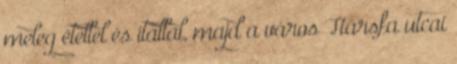
meleg étellel és itallal, majd a város Hársfa utcai